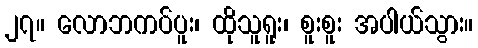
၂၇။ လောဘကပ်ပူး၊ ထိုသူရူး၊ စူးစူး အပါယ်သွား။